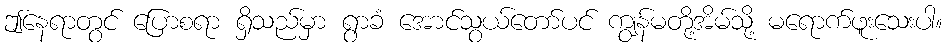
ဤနေရာတွင် ပြောစရာ ရှိသည်မှာ ရွာခံ အောင်သွယ်တော်ပင် ကျွန်မတို့အိမ်သို့ မရောက်ဖူးသေးပါ။